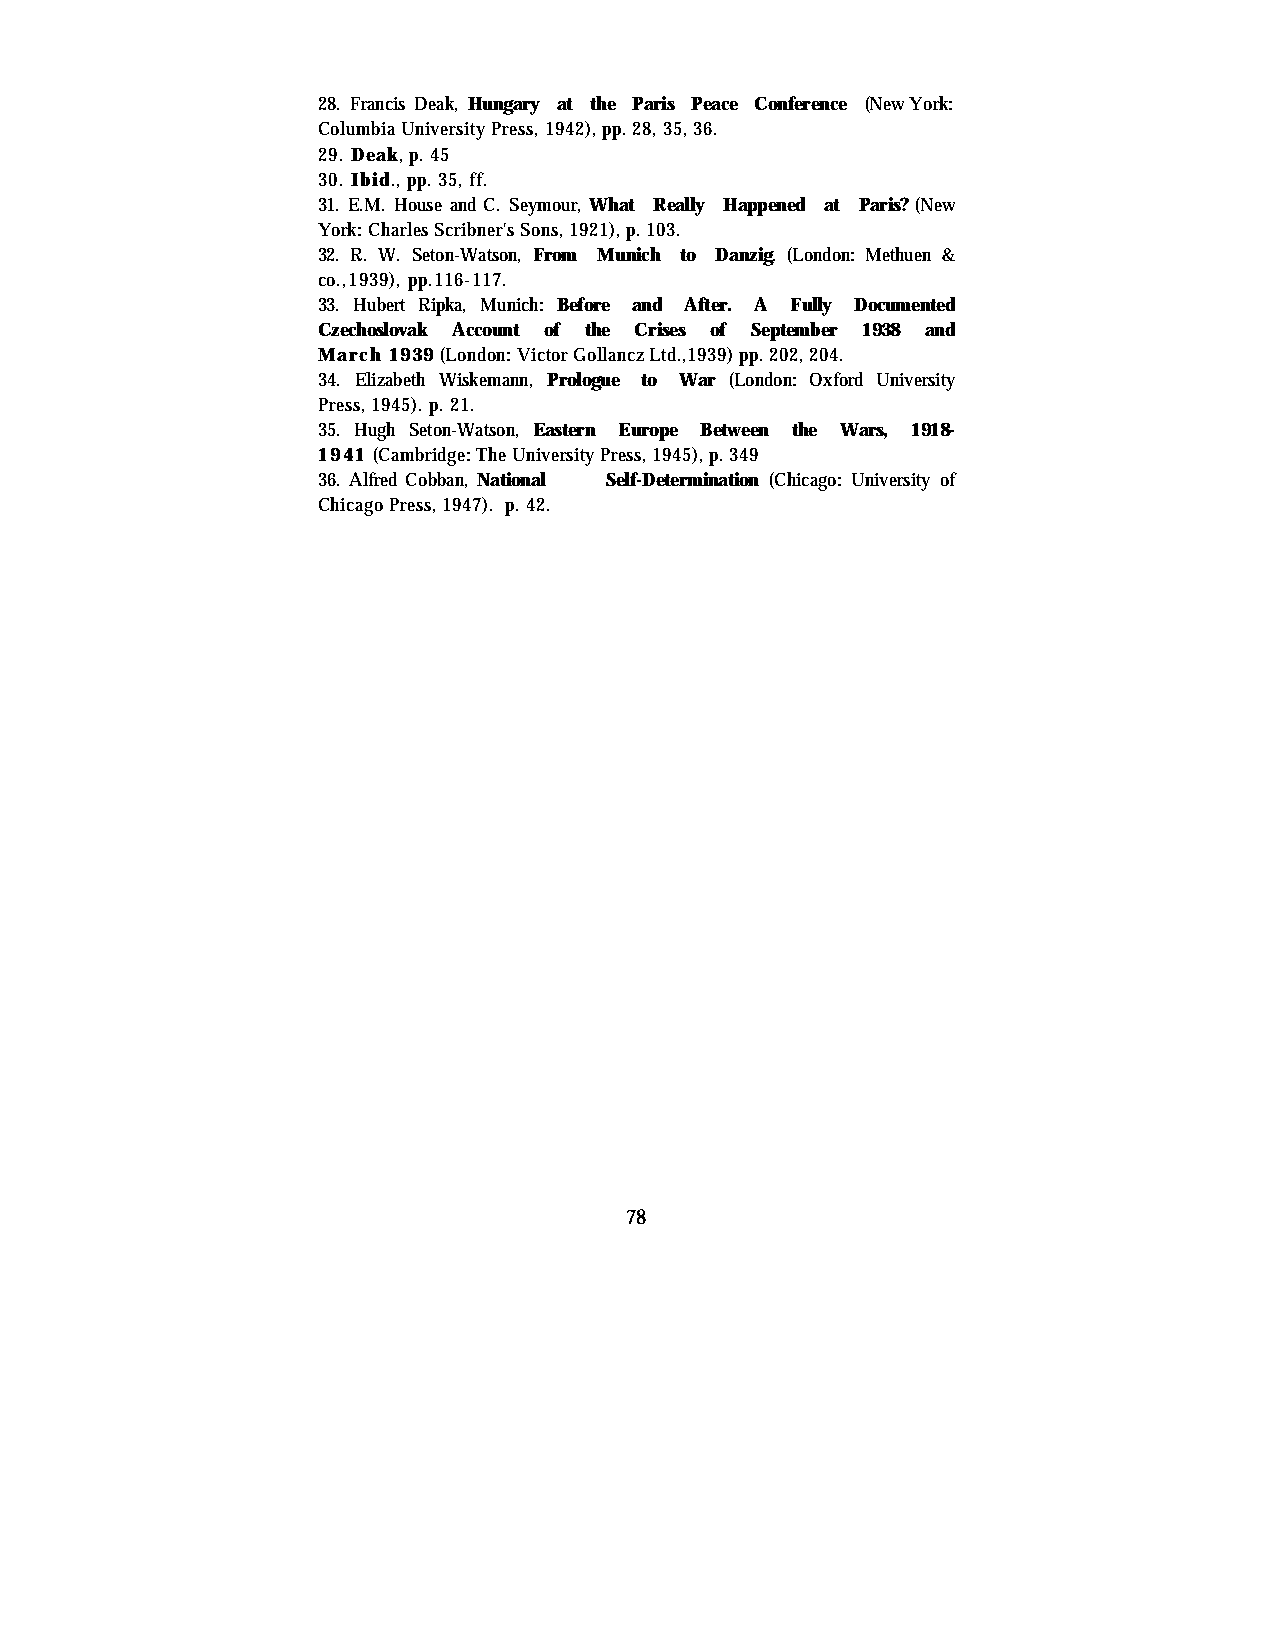
28. Francis Deak, Hungary at the Paris Peace Conference (New York:
 Columbia University Press, 1942), pp. 28, 35, 36.
 29. Deak, p. 45
 30. Ibid., pp. 35, ff.
 31. E.M. House and C. Seymour, What Really Happened at Paris? (New
 York: Charles Scribner's Sons, 1921), p. 103.
 32. R. W. Seton-Watson, From Munich to Danzig. (London: Methuen &
 co.,1939), pp.116-117.
 33. Hubert Ripka, Munich: Before and After. A Fully Documented
 Czechoslovak Account of the Crises of September 1938 and
 March 1939 (London: Victor Gollancz Ltd.,1939) pp. 202, 204.
 34. Elizabeth Wiskemann, Prologue to War (London: Oxford University
 Press, 1945). p. 21.
 35. Hugh Seton-Watson, Eastern Europe Between the Wars, 1918-
 1941 (Cambridge: The University Press, 1945), p. 349
 36. Alfred Cobban, National Self-Determination (Chicago: University of
 Chicago Press, 1947). p. 42.
 78